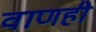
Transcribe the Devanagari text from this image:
वाणही